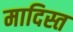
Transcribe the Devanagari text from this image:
मादिस्त